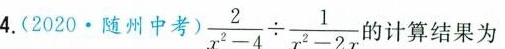
4.(2020.随州中考 $$\frac{2}{x^{2}-4}\div \frac{1}{x^{2}-2x}$$ 的计算结果为( )